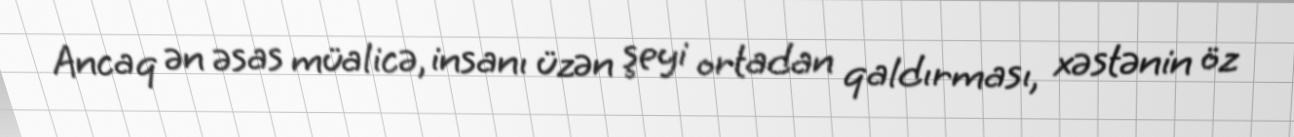
Ancaq ən əsas müalicə, insanı üzən şeyi ortadan qaldırması, xəstənin öz